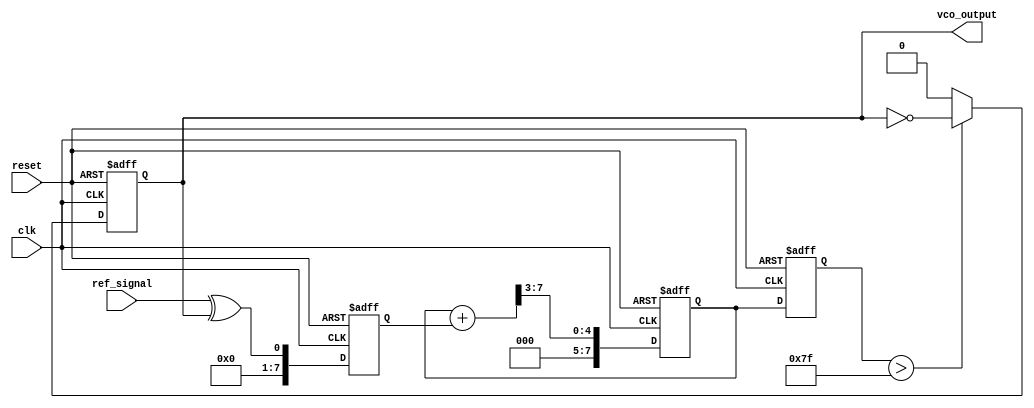
module DPLL (
    input wire clk,               // System clock
    input wire reset,             // Reset signal
    input wire ref_signal,        // Reference input signal
    output reg vco_output         // VCO output signal
);

    // Parameters for the design
    parameter MEMORY_SIZE = 8;   // Size of memory blocks
    parameter FILTER_STRENGTH = 3; // Loop filter coefficient

    // Internal signals
    reg [MEMORY_SIZE-1:0] phase_memory; // Memory for storing phase errors
    reg [7:0] phase_error;              // Phase error signal
    reg [7:0] control_voltage;           // Control voltage for VCO
    reg [7:0] vco_frequency;             // VCO frequency control
    reg [7:0] divider_count;             // Frequency divider count
    reg vco_enable;                      // Enable signal for VCO

    // Phase Detector
    always @(posedge clk or posedge reset) begin
        if (reset) begin
            phase_error <= 0;
        end else begin
            // Simple phase detection logic
            phase_error <= ref_signal ^ vco_output; // XOR for phase error
            // Store phase error in memory
            phase_memory <= {phase_memory[MEMORY_SIZE-2:0], phase_error};
        end
    end

    // Loop Filter (Simple accumulator)
    always @(posedge clk or posedge reset) begin
        if (reset) begin
            control_voltage <= 0;
        end else begin
            // Simple low-pass filter to smooth phase error
            control_voltage <= (control_voltage + phase_error) >> FILTER_STRENGTH;
        end
    end

    // Voltage-Controlled Oscillator (VCO)
    always @(posedge clk or posedge reset) begin
        if (reset) begin
            vco_output <= 0;
            vco_frequency <= 0;
            vco_enable <= 0;
        end else begin
            // Adjust VCO frequency based on control voltage
            vco_frequency <= control_voltage;
            // Enable VCO output based on frequency
            if (vco_frequency > 127) begin
                vco_enable <= 1; // Enable VCO
                vco_output <= ~vco_output; // Toggle output for VCO
            end else begin
                vco_enable <= 0; // Disable VCO
                vco_output <= 0; // Output low when disabled
            end
        end
    end

    // Frequency Divider
    always @(posedge clk or posedge reset) begin
        if (reset) begin
            divider_count <= 0;
        end else begin
            // Simple frequency divider logic
            if (divider_count >= vco_frequency) begin
                divider_count <= 0;
                // TODO: Implement feedback mechanism to compare with ref_signal
            end else begin
                divider_count <= divider_count + 1;
            end
        end
    end

endmodule